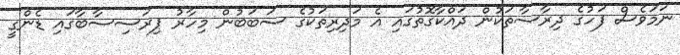
ނަމަވެސް ފަހުގެ ދިރާސާތަކުން ދައްކާގޮތުގައި އެ މަދިރިތަކުގެ ސަބަބުން މިހާރު ޕިރަސިސާބާގައި ޑެންގީ